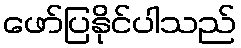
ဖော်ပြနိုင်ပါသည်